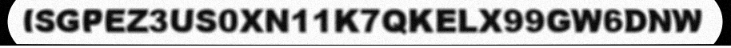
ISGPEZ3US0XN11K7QKELX99GW6DNW